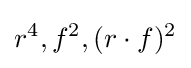
r^{4},f^{2},(r\cdot f)^{2}